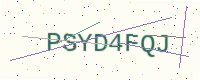
Text: PSYD4FQJ